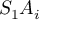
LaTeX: S _ { 1 } A _ { i }